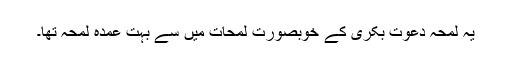
یہ لمحہ دعوت بکری کے خوبصورت لمحات میں سے بہت عمدہ لمحہ تھا۔